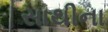
સાથીના